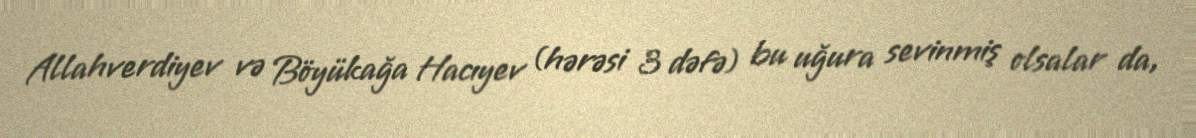
Allahverdiyev və Böyükağa Hacıyev (hərəsi 3 dəfə) bu uğura sevinmiş olsalar da,